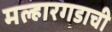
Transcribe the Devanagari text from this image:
मल्हारगडाची